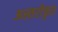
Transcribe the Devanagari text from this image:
अस्तरीकृत